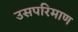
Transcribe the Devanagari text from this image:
उसपरिमाण